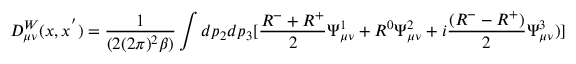
D _ { \mu \nu } ^ { W } ( x , x ^ { ^ { \prime } } ) = \frac { 1 } { ( 2 ( 2 \pi ) ^ { 2 } \beta ) } \int d p _ { 2 } d p _ { 3 } [ \frac { R ^ { - } + R ^ { + } } { 2 } \Psi _ { \mu \nu } ^ { 1 } + R ^ { 0 } \Psi _ { \mu \nu } ^ { 2 } + i \frac { ( R ^ { - } - R ^ { + } ) } { 2 } \Psi _ { \mu \nu } ^ { 3 } ) ]